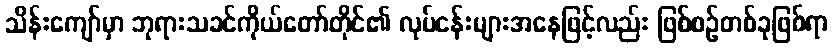
သိန်းကျော်မှာ ဘုရားသခင်ကိုယ်တော်တိုင်၏ လုပ်ငန်းများအနေဖြင့်လည်း ဖြစ်စဉ်တစ်ခုဖြစ်ရာ